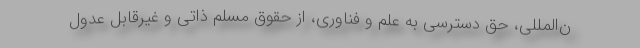
ن‌المللی، حق دسترسی به علم و فناوری، از حقوق مسلم ذاتی و غیرقابل عدول